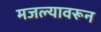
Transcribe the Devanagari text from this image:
मजल्यावरून